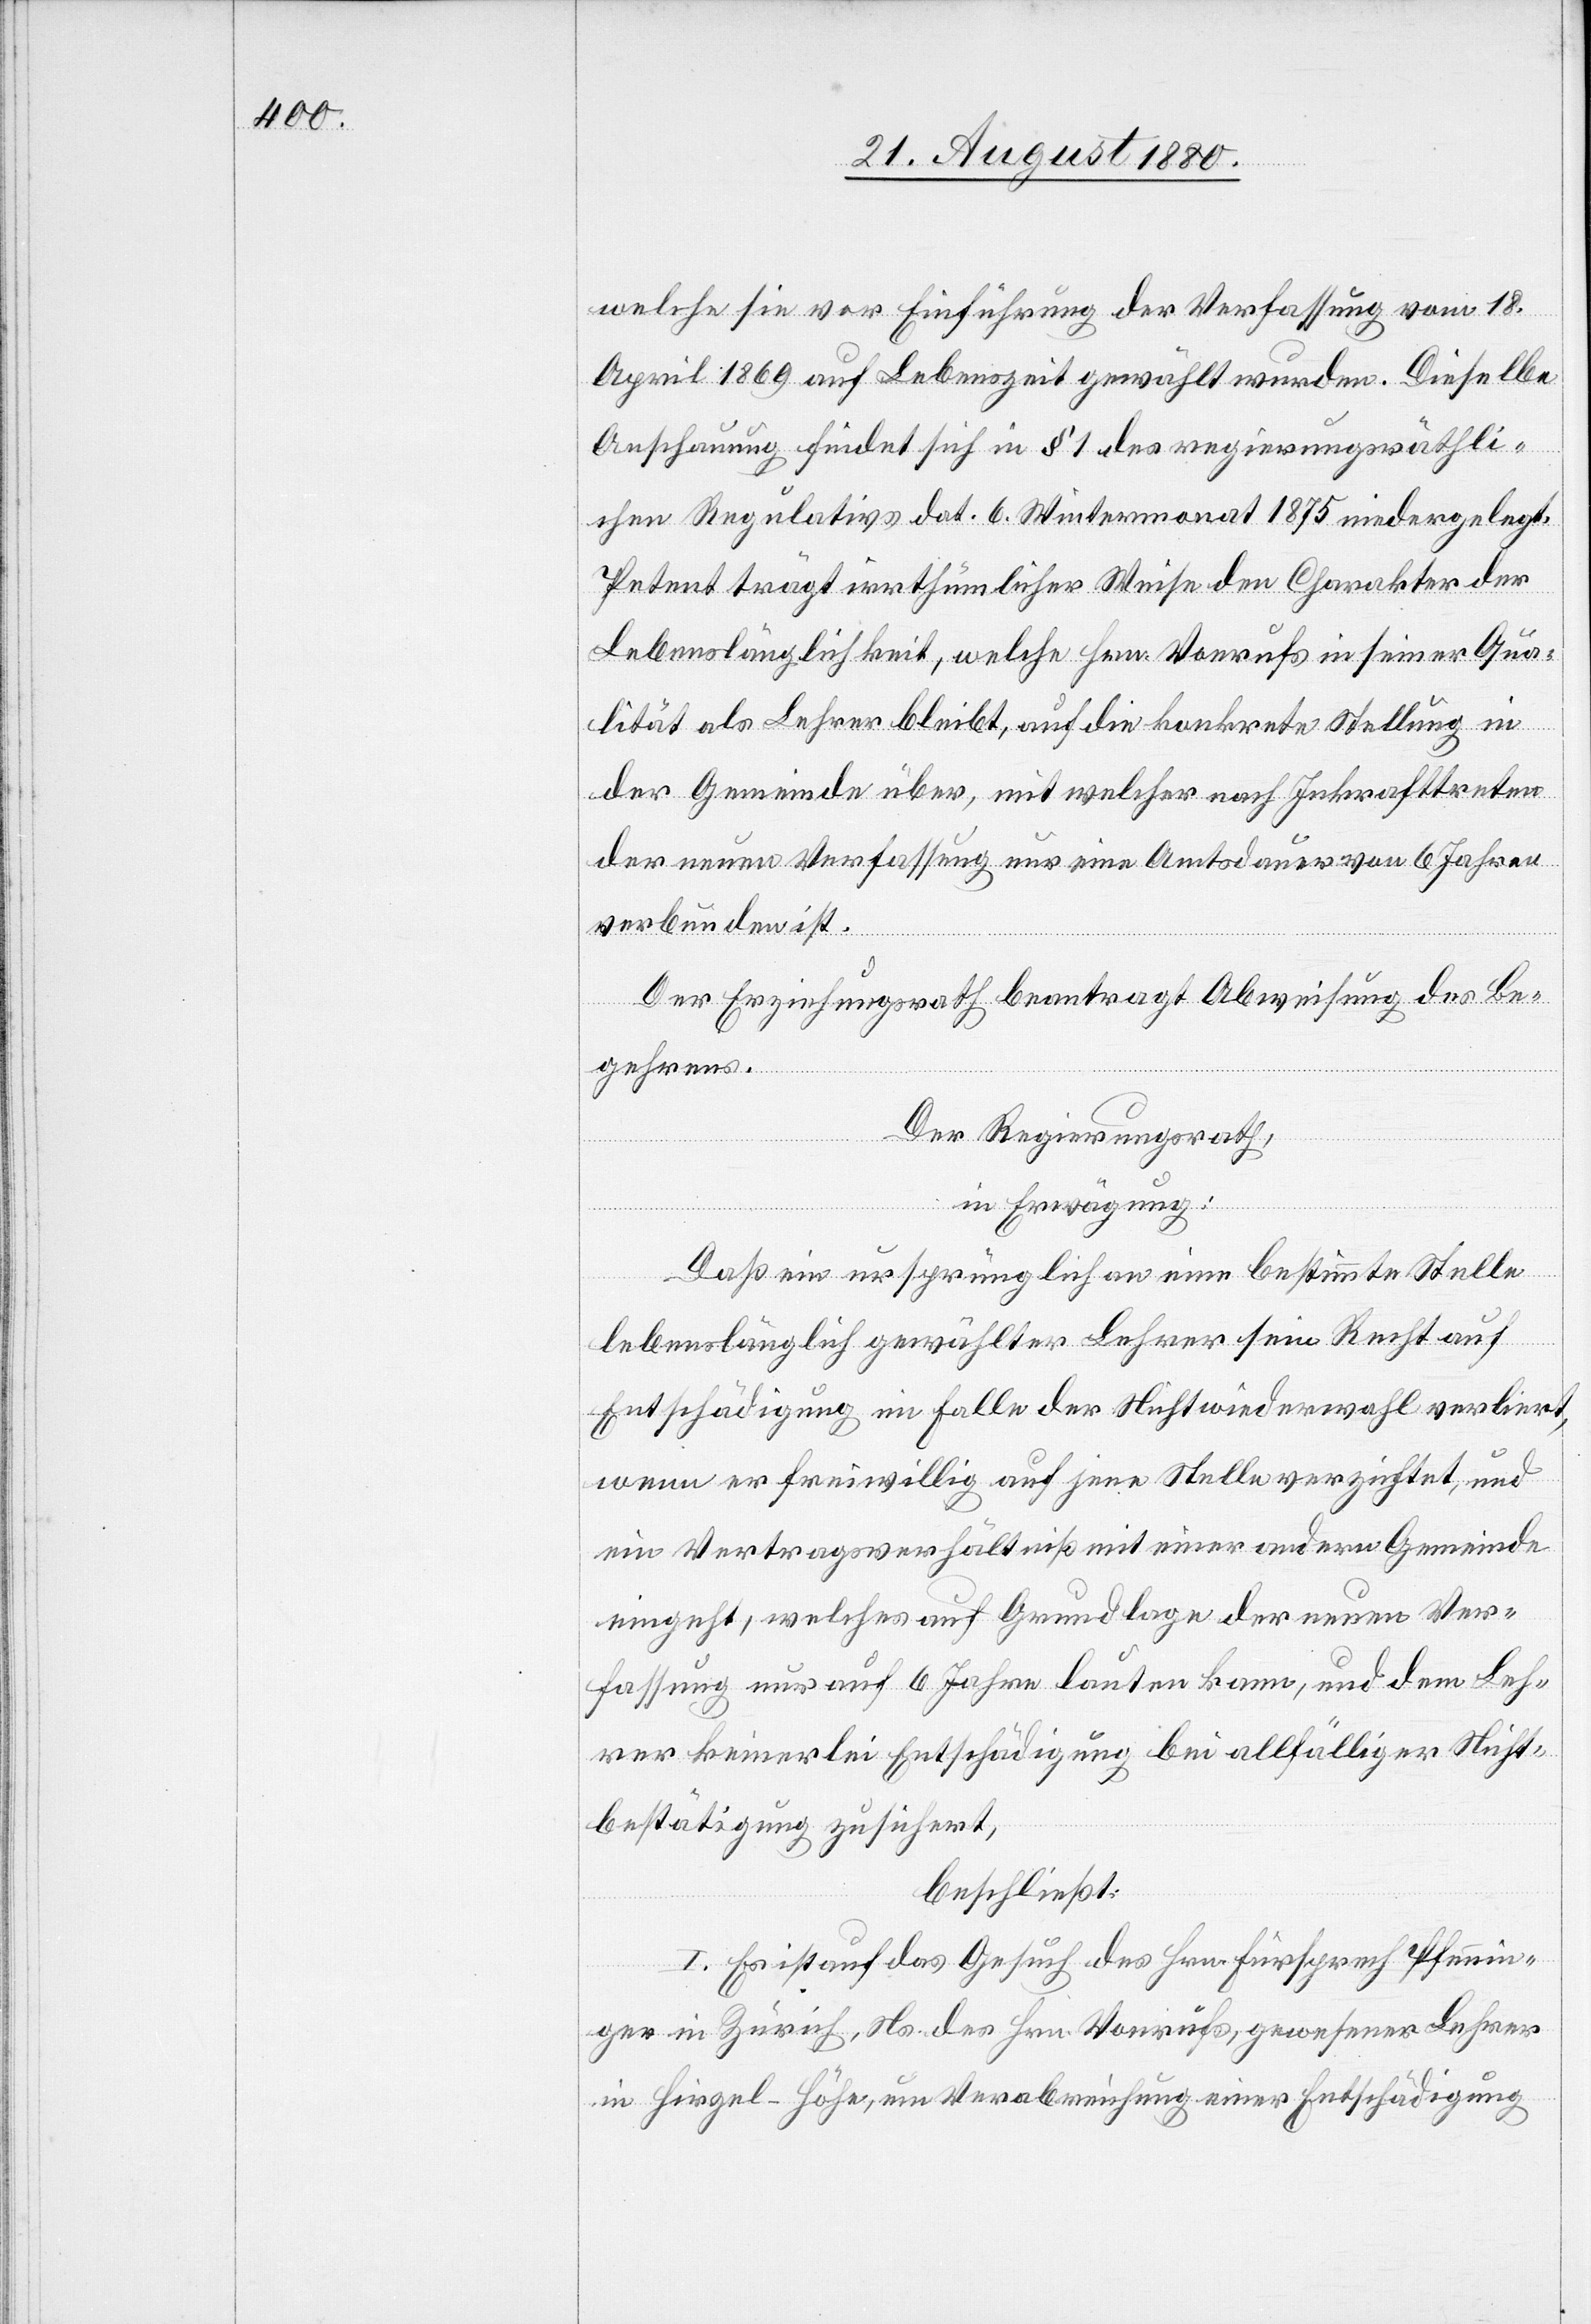
welche sie vor Einführung der Verfassung vom 18.
April 1869 auf Lebenszeit gewählt wurden. Dieselbe
Anschauung findet sich in § 1 des regierungsräthli¬
chen Regulativs dat. 6. Wintermonat 1875 niedergelegt.
Petent trägt irrthümlicher Weise den Charakter der
Lebenslänglichkeit, welche Hrn. Vonrufs in seiner Qua¬
lität als Lehrer bleibt, auf die konkrete Stellung in
der Gemeinde über, mit welcher nach Inkrafttreten
der neuen Verfassung nur eine Amtsdauer von 6 Jahren
verbunden ist.
Der Erziehungsrath beantragt Abweisung des Be¬
gehrens.
Der Regierungsrath,
in Erwägung:
Daß ein ursprünglich an eine bestimmte Stelle
lebenslänglich gewählter Lehrer sein Recht auf
Entschädigung im Falle der Nichtwiederwahl verliert,
wenn er freiwillig auf jene Stelle verzichtet, und
ein Vertragsverhältniß mit einer andern Gemeinde
eingeht, welches auf Grundlage der neuen Ver¬
fassung nur auf 6 Jahre lauten kann, und dem Leh¬
rer keinerlei Entschädigung bei allfälliger Nicht¬
bestätigung zusichert,
beschließt:
I. Es ist auf das Gesuch des Hrn. Fürsprech Pfennin¬
ger in Zürich, Ns. des Hrn. Vonrufs, gewesener Lehrer
in Hirzel - Höhe, um Verabreichung einer Entschädigung